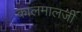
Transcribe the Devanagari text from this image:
कालमालजी